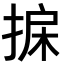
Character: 𢮄